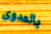
بالعدوى